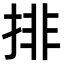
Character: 排